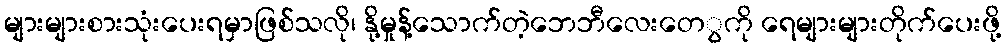
များများစားသုံးပေးရမှာဖြစ်သလို၊ နို့မှုန့်သောက်တဲ့ဘေဘီလေးတေွကို ရေများများတိုက်ပေးဖို့